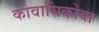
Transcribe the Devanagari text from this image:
कोवासिकोवा